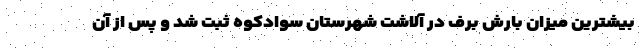
بیشترین میزان بارش برف در آلاشت شهرستان سوادکوه ثبت شد و پس از آن